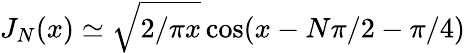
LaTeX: J_{N}(x)\simeq\sqrt{2/\pi x}\cos(x-N\pi/2-\pi/4)